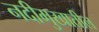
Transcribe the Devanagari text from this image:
नदीमुखातील